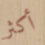
أكثر